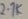
Text: 2.7K